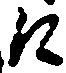
江